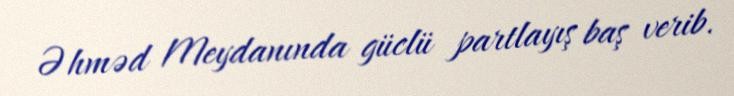
Əhməd Meydanında güclü partlayış baş verib.